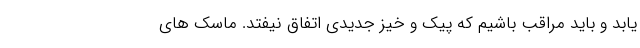
یابد و باید مراقب باشیم که پیک و خیز جدیدی اتفاق نیفتد. ماسک‌ های